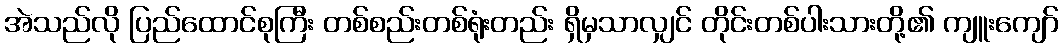
အဲသည်လို ပြည်ထောင်စုကြီး တစ်စည်းတစ်ရုံးတည်း ရှိမှသာလျှင် တိုင်းတစ်ပါးသားတို့၏ ကျူးကျော်